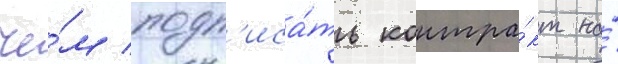
че́м подп'иса́ть контра́кт на́